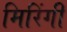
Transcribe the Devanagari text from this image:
मिरिंगी